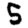
Digit: 5